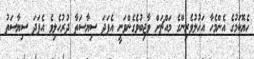
ހެޔޮކަމުގެ އެންމެހާ އަހުލުވެރިންގެ މައްޗަށް ވާޖިބުވެގެންވަނީ އެފަދަ ސިޔާސަތާ ދުރުހެލިވެ އެފަދަ ސިޔާސަތު